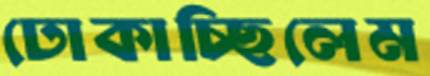
ঢোকাচ্ছিলেম